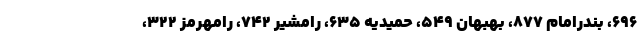
۶۹۶، بندرامام ۸۷۷، بهبهان ۵۴۹، حمیدیه ۶۳۵، رامشیر ۷۴۲، رامهرمز ۳۲۲،